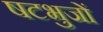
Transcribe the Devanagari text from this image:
षटभुजों